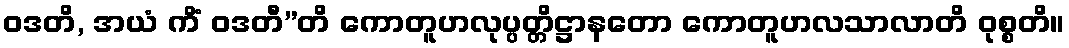
ဝဒတိ, အယံ ကိံ ဝဒတီ”တိ ကောတူဟလုပ္ပတ္တိဋ္ဌာနတော ကောတူဟလသာလာတိ ဝုစ္စတိ။